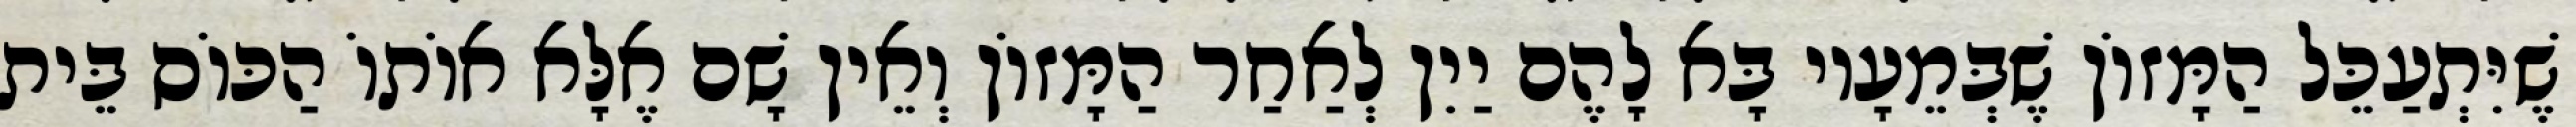
שֶׁיִּתְעַכֵּל הַמָּזוֹן שֶׁבְּמֵעָיו בָּא לָהֶם יַיִן לְאַחַר הַמָּזוֹן וְאֵין שָׁם אֶלָּא אוֹתוֹ הַכּוֹס בֵּית